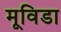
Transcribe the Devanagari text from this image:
मूविडा